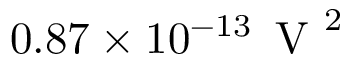
0 . 8 7 \times 1 0 ^ { - 1 3 } \, \mathrm { ~ V ~ } ^ { 2 }